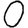
Digit: 0